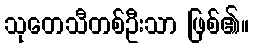
သုတေသီတစ်ဦးသာ ဖြစ်၏။